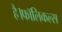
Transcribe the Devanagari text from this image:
है।फॉलिकल्स